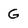
Character: G